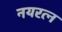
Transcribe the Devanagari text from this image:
नयरत्न